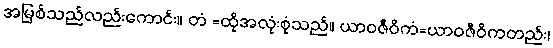
အမြစ်သည်လည်းကောင်း။ တံ =ထိုအလုံးစုံသည်။ ယာဝဇီဝိကံ=ယာဝဇီဝိကတည်း၊